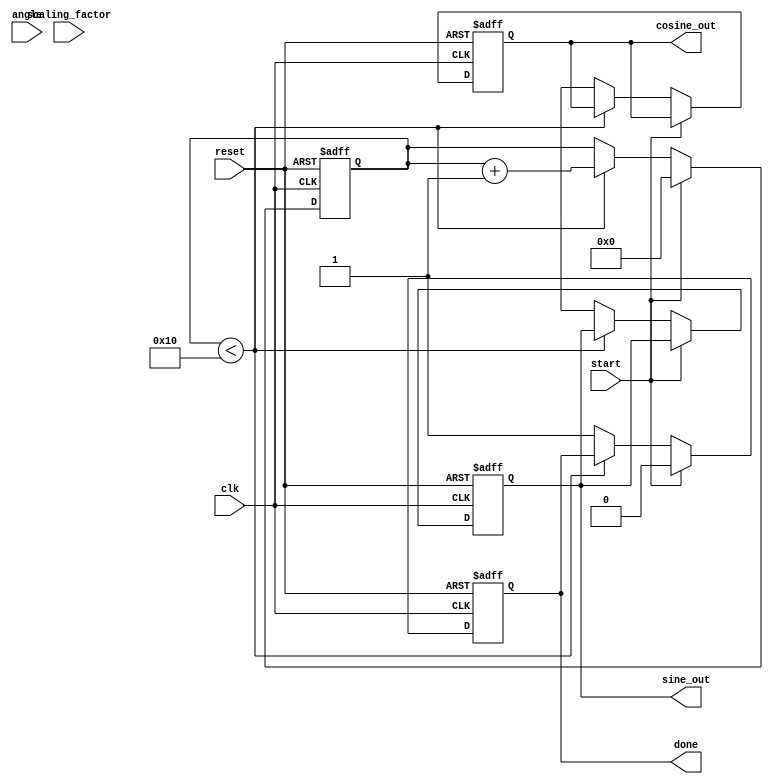
module cordic(
    input wire clk,
    input wire reset,
    input wire start,
    input wire signed [15:0] angle,       // Input angle in radians (fixed-point)
    input wire signed [15:0] scaling_factor, // Scaling factor for normalization
    output reg signed [15:0] sine_out,     // Output sine value
    output reg signed [15:0] cosine_out,   // Output cosine value
    output reg done                        // Done signal
);

    // Parameters
    parameter NUM_ITERATIONS = 16;
    parameter ANGLE_LUT_SIZE = 16;
    
    // Lookup tables for angles (in radians) and scaling factors
    reg signed [15:0] angle_LUT [0:ANGLE_LUT_SIZE-1];
    reg signed [15:0] scale_LUT [0:ANGLE_LUT_SIZE-1];

    // Initialize the LUTs
    initial begin
        angle_LUT[0] = 16'h2000; // arctan(2^-0) = 0.7854
        angle_LUT[1] = 16'h1666; // arctan(2^-1) = 0.4636
        angle_LUT[2] = 16'h0DB8; // arctan(2^-2) = 0.2449
        angle_LUT[3] = 16'h09FB; // arctan(2^-3) = 0.1244
        angle_LUT[4] = 16'h051E; // arctan(2^-4) = 0.0624
        angle_LUT[5] = 16'h028F; // arctan(2^-5) = 0.0312
        angle_LUT[6] = 16'h0145; // arctan(2^-6) = 0.0156
        angle_LUT[7] = 16'h00A3; // arctan(2^-7) = 0.0078
        angle_LUT[8] = 16'h0051; // arctan(2^-8) = 0.0039
        angle_LUT[9] = 16'h0029; // arctan(2^-9) = 0.00195
        angle_LUT[10] = 16'h0014; // arctan(2^-10) = 0.00098
        angle_LUT[11] = 16'h000A; // arctan(2^-11) = 0.00049
        angle_LUT[12] = 16'h0005; // arctan(2^-12) = 0.000245
        angle_LUT[13] = 16'h0002; // arctan(2^-13) = 0.000122
        angle_LUT[14] = 16'h0001; // arctan(2^-14) = 0.000061
        angle_LUT[15] = 16'h0000; // arctan(2^-15) = 0
        
        // Scaling factors
        scale_LUT[0] = 16'h4000; // 1
        scale_LUT[1] = 16'h5A82; // 1/sqrt(1 + 2^-2)
        scale_LUT[2] = 16'h6A61; // 1/sqrt(1 + 2^-4)
        scale_LUT[3] = 16'h7A11; // 1/sqrt(1 + 2^-6)
        // Continue for more iterations...
    end

    reg signed [15:0] x[0:NUM_ITERATIONS-1];
    reg signed [15:0] y[0:NUM_ITERATIONS-1];
    reg signed [15:0] angle_accum;
    reg [3:0] iteration;

    always @(posedge clk or posedge reset) begin
        if (reset) begin
            sine_out <= 0;
            cosine_out <= 0;
            done <= 0;
            iteration <= 0;
            angle_accum <= 0;
        end else if (start) begin
            // Initialize CORDIC parameters
            x[0] <= scaling_factor; // Start with the scaling factor
            y[0] <= 0; // Initial y = 0
            angle_accum <= angle;
            iteration <= 0;
            done <= 0;
        end else if (iteration < NUM_ITERATIONS) begin
            // CORDIC Iteration Logic
            if (angle_accum < 0) begin
                // Counterclockwise rotation
                x[iteration + 1] <= x[iteration] + (y[iteration] >> iteration);
                y[iteration + 1] <= y[iteration] - (x[iteration] >> iteration);
                angle_accum <= angle_accum + angle_LUT[iteration];
            end else begin
                // Clockwise rotation
                x[iteration + 1] <= x[iteration] - (y[iteration] >> iteration);
                y[iteration + 1] <= y[iteration] + (x[iteration] >> iteration);
                angle_accum <= angle_accum - angle_LUT[iteration];
            end
            
            // Load next iteration
            iteration <= iteration + 1;
        end else begin
            // Final outputs
            sine_out <= y[NUM_ITERATIONS];
            cosine_out <= x[NUM_ITERATIONS];
            done <= 1; // Signal that the computation is done
        end
    end
endmodule